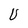
Character: U